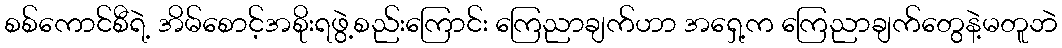
စစ်ကောင်စီရဲ့ အိမ်စောင့်အစိုးရဖွဲ့စည်းကြောင်း ကြေညာချက်ဟာ အရှေ့က ကြေညာချက်တွေနဲ့မတူဘဲ